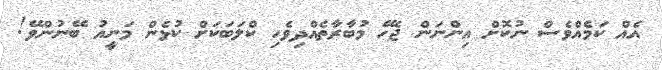
އެއް ކަމެއްވެސް ނުކޮށް އިންނަން ޖެހޭ މުބާރާތެއްދިވެހި ކްލަބަކަށް ކުޅެން މަނީއު ބޭނުންވޭ!